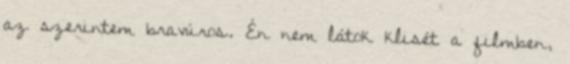
az szerintem bravúros. Én nem látok klisét a filmben,